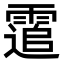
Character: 䨨